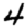
Digit: 4